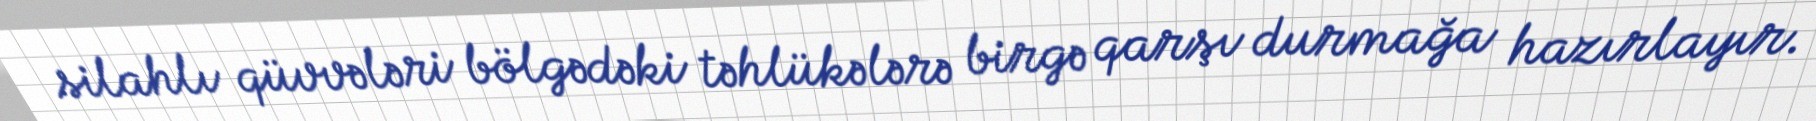
silahlı qüvvələri bölgədəki təhlükələrə birgə qarşı durmağa hazırlayır.